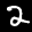
Label: 2